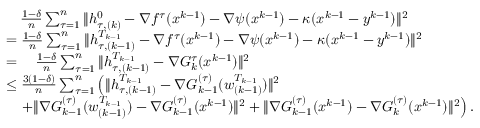
\begin{array} { r l } & { \quad \frac { 1 - \delta } { n } \sum _ { \tau = 1 } ^ { n } \| h _ { \tau , ( k ) } ^ { 0 } - \nabla f ^ { \tau } ( x ^ { k - 1 } ) - \nabla \psi ( x ^ { k - 1 } ) - \kappa ( x ^ { k - 1 } - y ^ { k - 1 } ) \| ^ { 2 } } \\ & { = \frac { 1 - \delta } { n } \sum _ { \tau = 1 } ^ { n } \| h _ { \tau , ( k - 1 ) } ^ { T _ { k - 1 } } - \nabla f ^ { \tau } ( x ^ { k - 1 } ) - \nabla \psi ( x ^ { k - 1 } ) - \kappa ( x ^ { k - 1 } - y ^ { k - 1 } ) \| ^ { 2 } } \\ & { = \quad \frac { 1 - \delta } { n } \sum _ { \tau = 1 } ^ { n } \| h _ { \tau , ( k - 1 ) } ^ { T _ { k - 1 } } - \nabla G _ { k } ^ { \tau } ( x ^ { k - 1 } ) \| ^ { 2 } } \\ & { \leq \frac { 3 ( 1 - \delta ) } { n } \sum _ { \tau = 1 } ^ { n } \left( \| h _ { \tau , ( k - 1 ) } ^ { T _ { k - 1 } } - \nabla G _ { k - 1 } ^ { ( \tau ) } ( w _ { ( k - 1 ) } ^ { T _ { k - 1 } } ) \| ^ { 2 } \right. } \\ & { \quad \left. + \| \nabla G _ { k - 1 } ^ { ( \tau ) } ( w _ { ( k - 1 ) } ^ { T _ { k - 1 } } ) - \nabla G _ { k - 1 } ^ { ( \tau ) } ( x ^ { k - 1 } ) \| ^ { 2 } + \| \nabla G _ { k - 1 } ^ { ( \tau ) } ( x ^ { k - 1 } ) - \nabla G _ { k } ^ { ( \tau ) } ( x ^ { k - 1 } ) \| ^ { 2 } \right) . } \end{array}